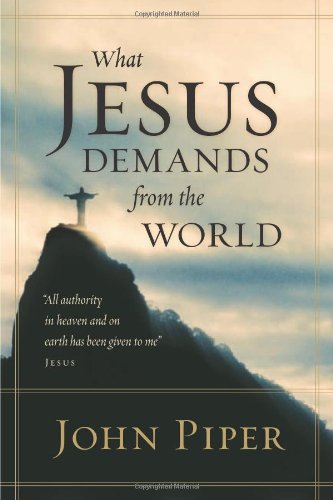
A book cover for What Jesus Demands from the World (Paperback Edition); John Piper; Christian Books & Bibles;